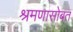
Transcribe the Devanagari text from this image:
श्रमणासोबत